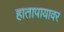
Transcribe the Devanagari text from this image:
हातापायावर